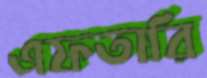
এফতারি